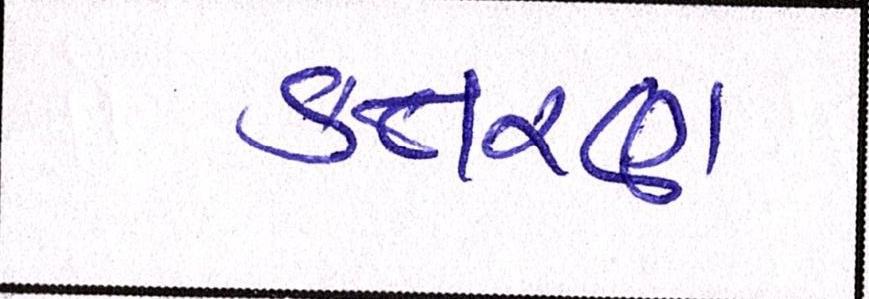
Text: કતરણ